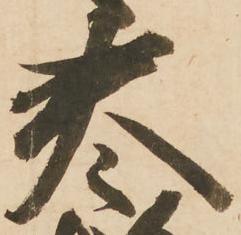
巻